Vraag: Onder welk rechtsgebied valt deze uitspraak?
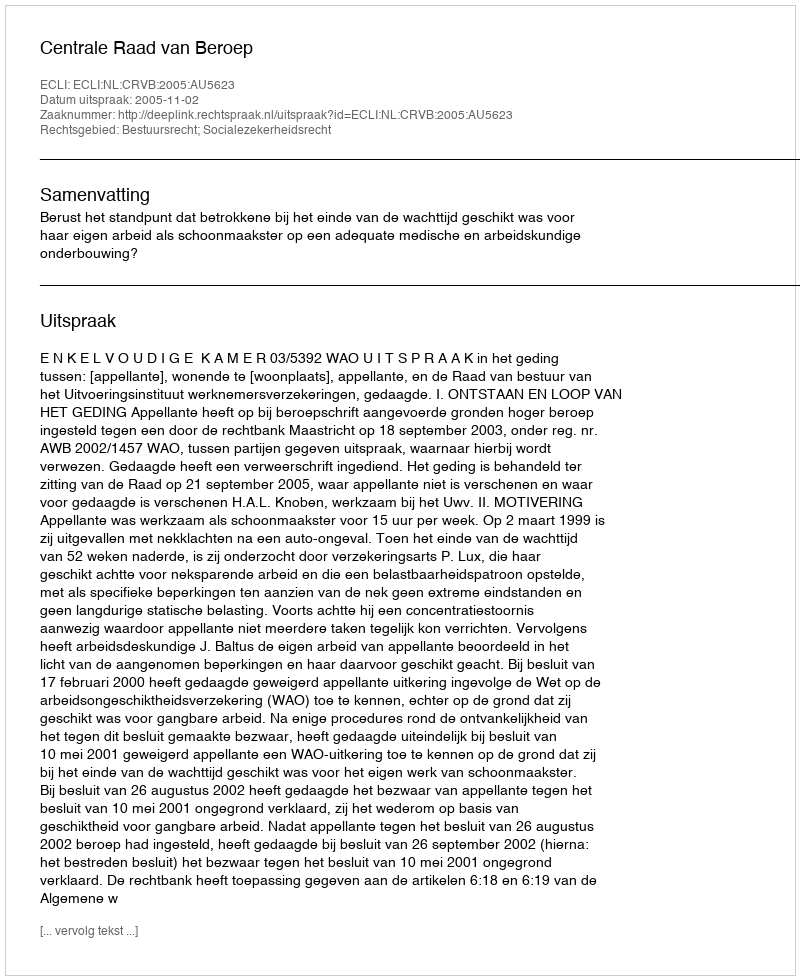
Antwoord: Bestuursrecht; Socialezekerheidsrecht